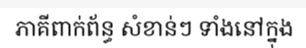
ភាគីពាក់ព័ន្ធ សំខាន់ៗ ទាំងនៅក្នុង